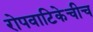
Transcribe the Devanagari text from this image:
रोपवाटिकेचीच